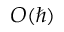
O ( \hbar )